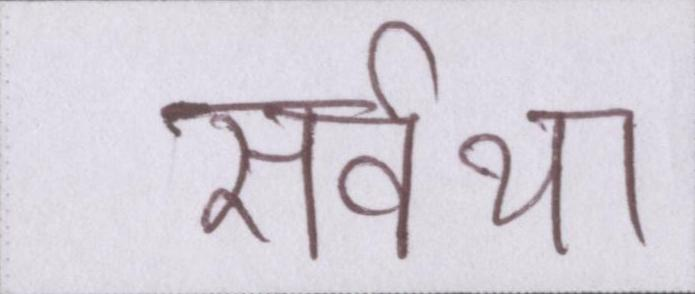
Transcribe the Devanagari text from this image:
सर्वथा